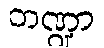
ဘဏ္ဍာ